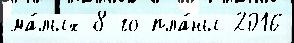
ма́лых 8-го пла́ны 2016